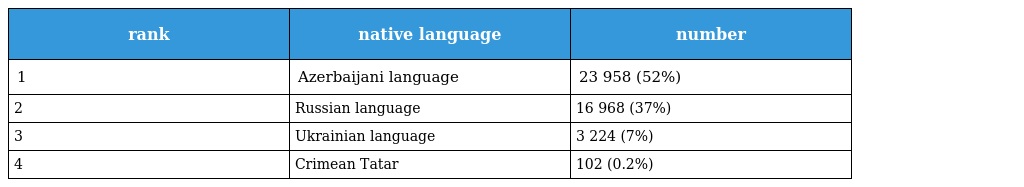
| rank | native language | number |
 | --- | --- | --- |
 | 1 | Azerbaijani language | 23 958 (52%) |
 | 2 | Russian language | 16 968 (37%) |
 | 3 | Ukrainian language | 3 224 (7%) |
 | 4 | Crimean Tatar | 102 (0.2%) |